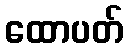
ထောပတ်